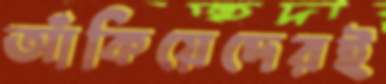
আঁকিয়েদেরই